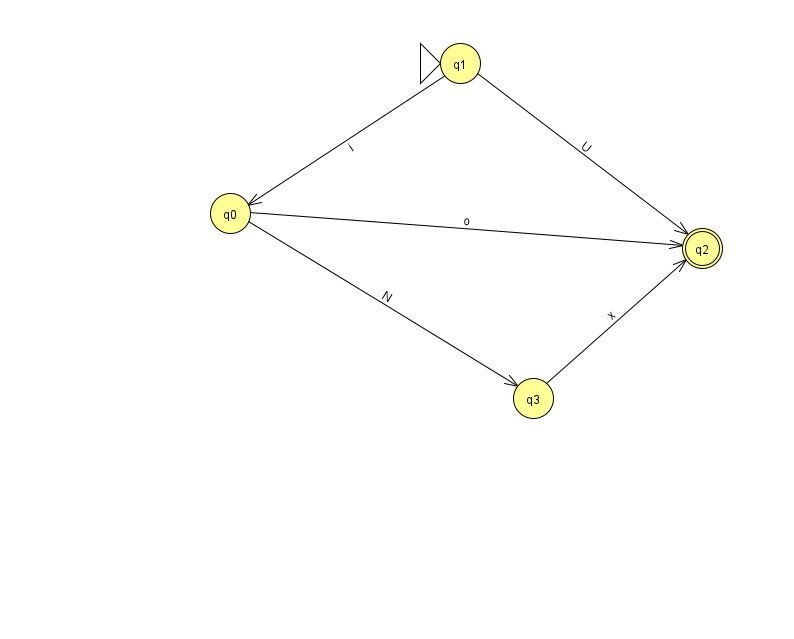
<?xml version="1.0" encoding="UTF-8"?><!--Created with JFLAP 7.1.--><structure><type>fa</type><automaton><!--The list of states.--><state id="0" name="q0"><x>230.0</x><y>200.0</y></state><state id="1" name="q1"><x>460.0</x><y>50.0</y><initial/></state><state id="2" name="q2"><x>702.0</x><y>235.0</y><final/></state><state id="3" name="q3"><x>533.0</x><y>385.0</y></state><!--The list of transitions.--><transition><from>0</from><to>3</to><read>N</read></transition><transition><from>0</from><to>2</to><read>o</read></transition><transition><from>1</from><to>0</to><read>i</read></transition><transition><from>1</from><to>2</to><read>U</read></transition><transition><from>3</from><to>2</to><read>x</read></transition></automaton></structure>